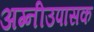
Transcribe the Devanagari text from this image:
अग्नीउपासक